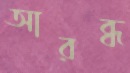
আরব্ধ